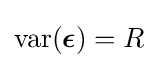
\operatorname {var} ({\boldsymbol {\epsilon }})=R